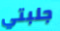
جلبتي